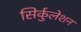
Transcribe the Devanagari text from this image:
सिर्कुलेशन